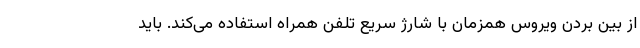
از بین بردن ویروس همزمان با شارژ سریع تلفن همراه استفاده می‌کند. باید